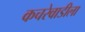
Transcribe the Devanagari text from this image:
कचरेवाडीला